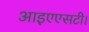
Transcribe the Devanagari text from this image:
आइएएसटी।